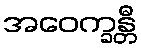
အဝေက္ခန္တီ